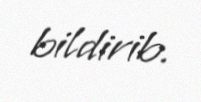
bildirib.